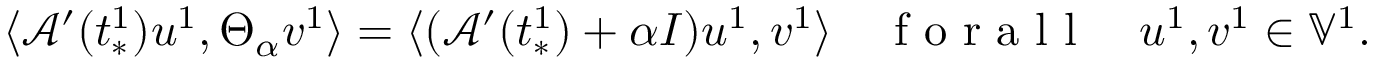
\langle \mathcal { A } ^ { \prime } ( t _ { * } ^ { 1 } ) u ^ { 1 } , \Theta _ { \alpha } v ^ { 1 } \rangle = \langle ( \mathcal { A } ^ { \prime } ( t _ { * } ^ { 1 } ) + \alpha I ) u ^ { 1 } , v ^ { 1 } \rangle \quad \mathrm { ~ f ~ o ~ r ~ a ~ l ~ l ~ } \quad u ^ { 1 } , v ^ { 1 } \in \mathbb { V } ^ { 1 } .